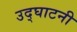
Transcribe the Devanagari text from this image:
उद्घाटनी